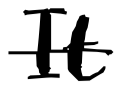
Text: It
Cross-out: single-line
Writing tool: digital_black